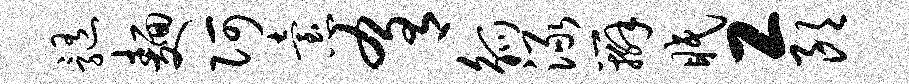
髓面阿怠肴觚渌辫眠工朗